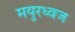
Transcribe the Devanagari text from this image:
मयुरध्वज